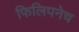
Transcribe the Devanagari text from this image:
फिलिपनेच